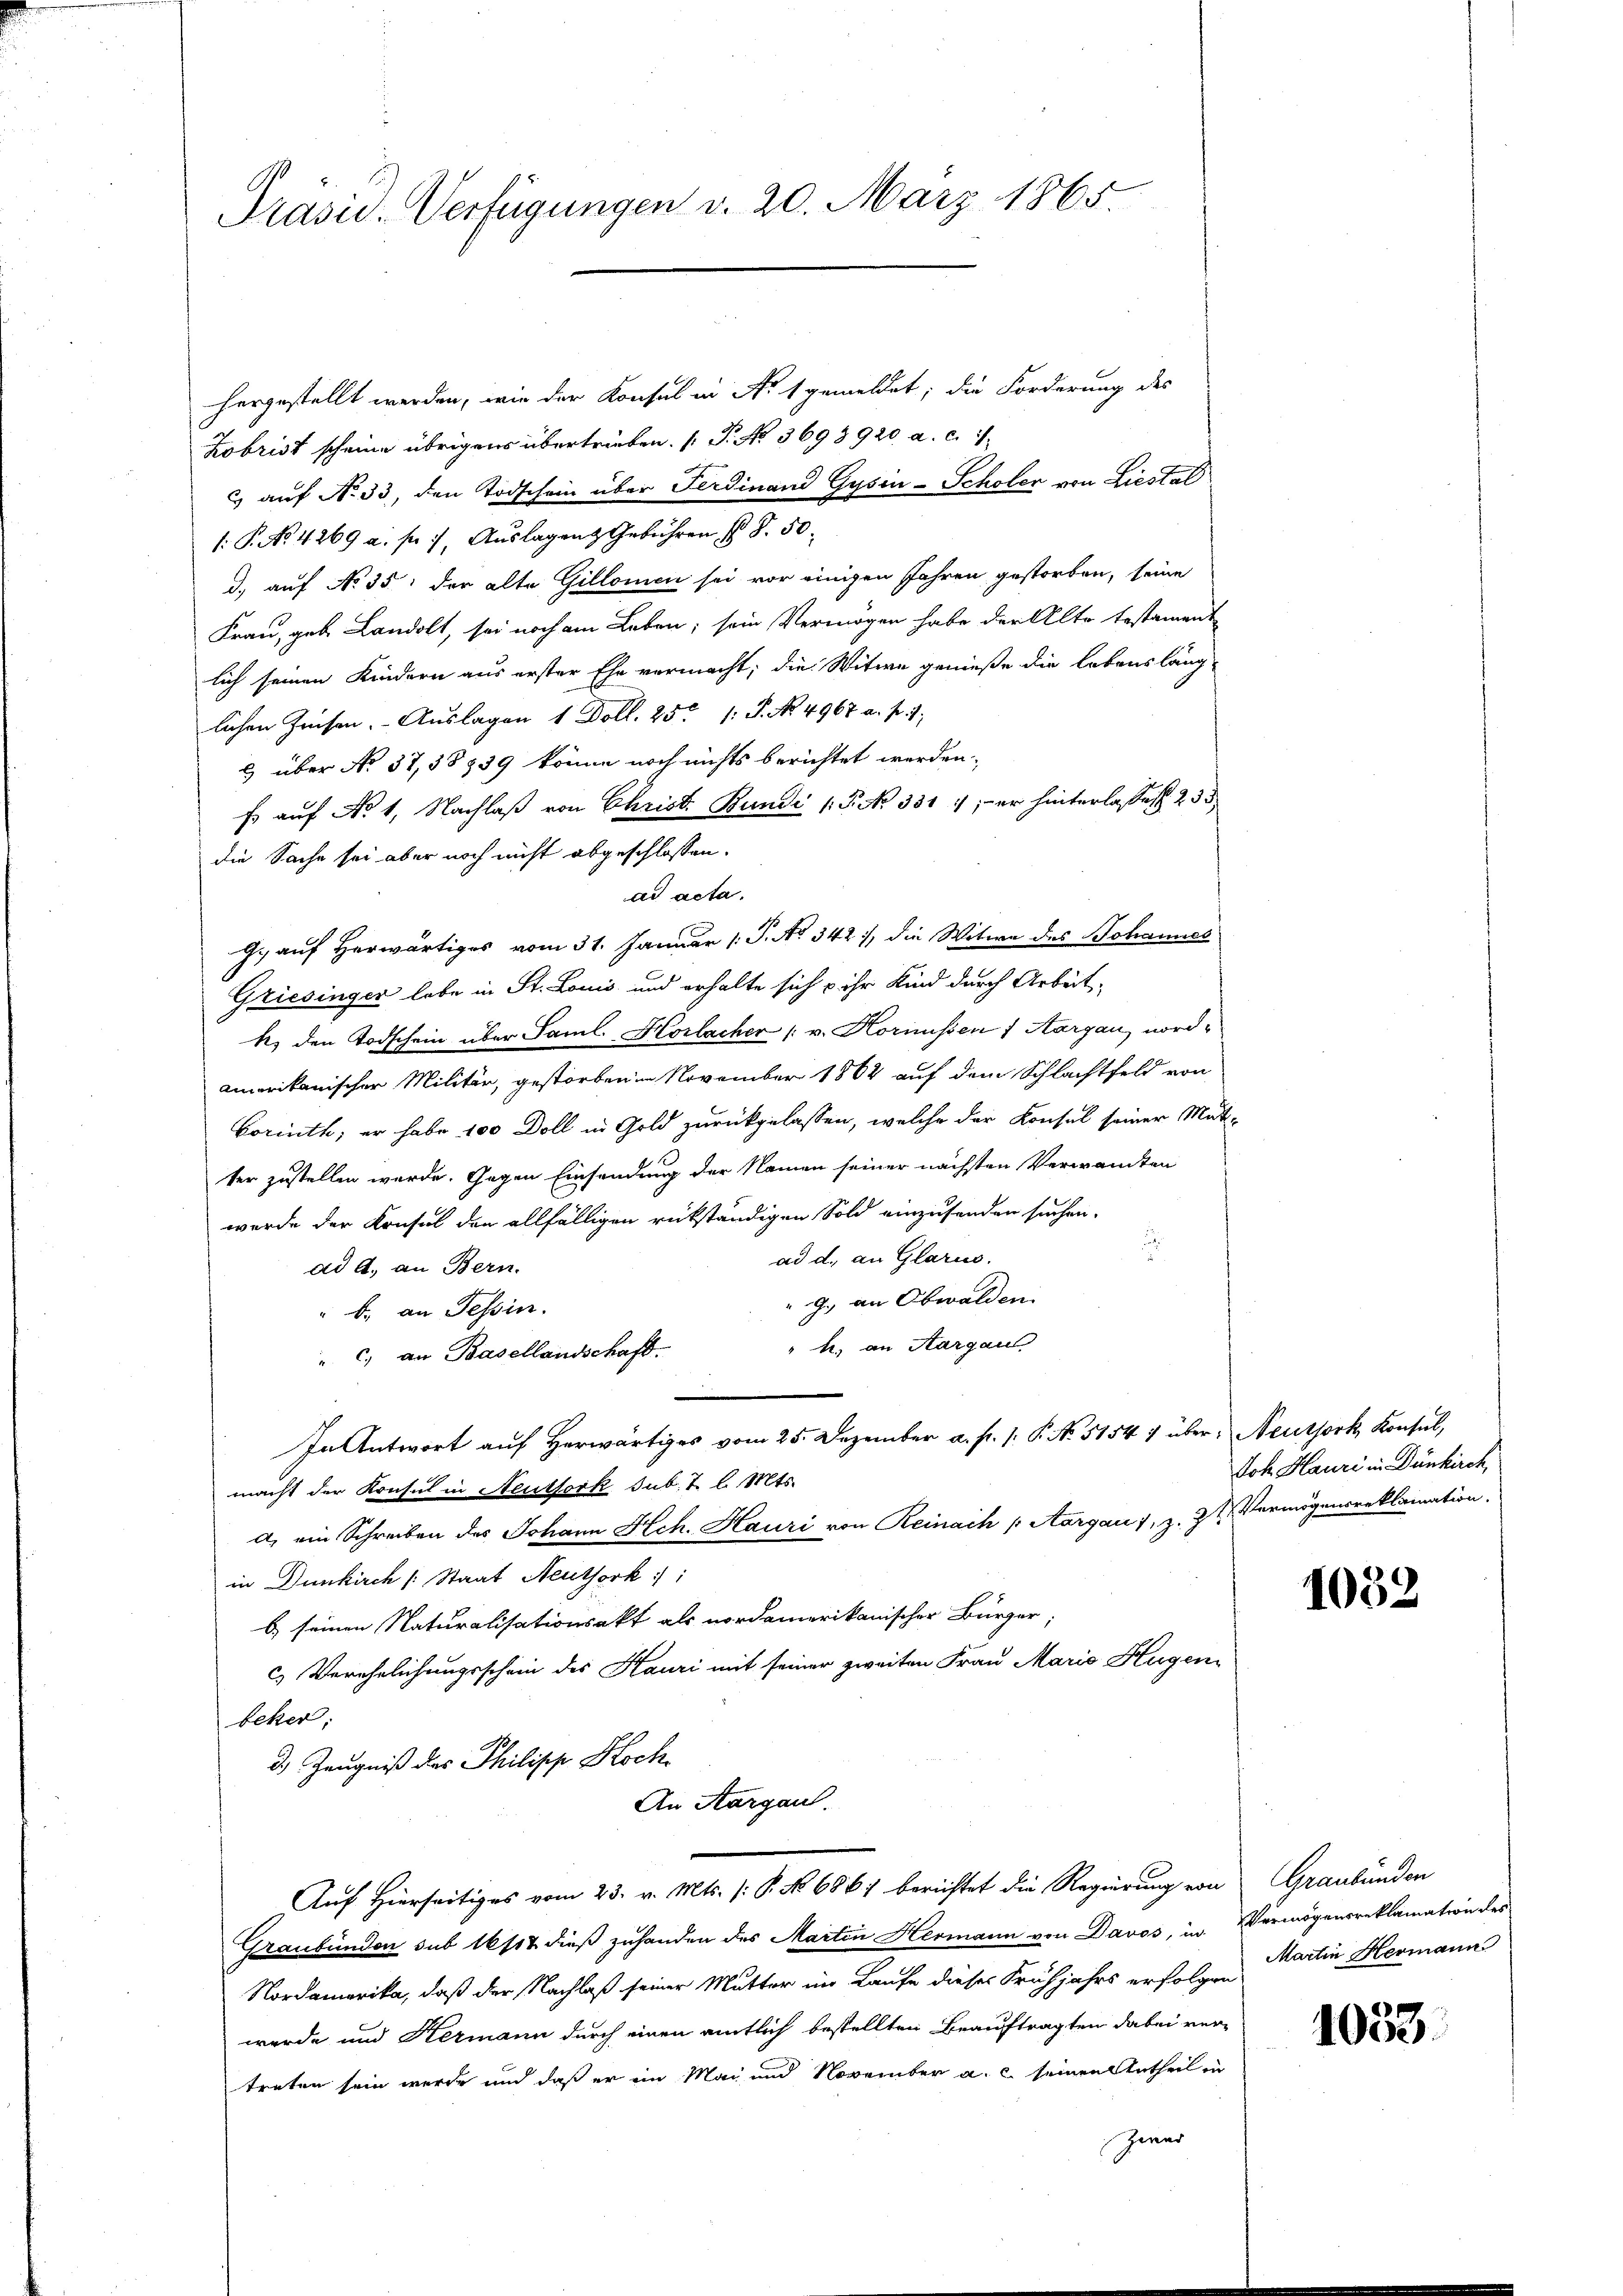
Präsid. Verfügungen d. 20. März 1865.

hergestellt werden, wie der Konsul in Nr. 1 gemeldet; die Forderung des
Zobrist scheine übrigens übertrieben. (T. No 3698920 a. c. 1
& auf No 33, den Todschein über Ferdinand Gysin-Scholer von Liestal
: P. No. 4269 a. f. 7, Auslagen Gebühren (S. 50.
d) auf No 35 der alte Gillonen sei vor einigen Jahren gestorben, seine
Frau, geb. Landolt, sei noch am Leben; sein Vermögen habe der Alte testament
lich seinen Kindern aus erster Ehe vermacht; die Witwe genieße die lebensläng-
lichen Zinsen. Auslagen 1 Doll. 25. 1: P. No. 4967 a. p. 1.
2 über No. 37, 38839 könne noch nichts berichtet werden.
Es auf No 1. Nachlaß von Christ. Bundi /: P. No 331 ; - er hinterlasses 233
die Sache sei aber noch nicht abgeschlossen.
ad acta.
9. auf herwärtiges vom 31. Januar (: P. No 342), die Witwe des Johannes
Griesinger lebe in St. Louis und erhalte sich & ihr Kind durch Arbeit-
k. den Todschein über Saml. Horlacher (v. Hornissen ; Aargau, nordamerikanischen Militär, gestorben in November 1862 auf dem Schlachtfeld von
Corinth, er habe 100 Doll in Gold zurückgelassen, welche der Konsul seiner Mut-
ter zustellen werde. Gegen Einsendung der Namen seiner nächsten Verwandten
werde der Konsul den allfälligen rückständigen Sold einzusenden suchen.
ad d. an Glarus.
ad A. an Bern.
" G. an Obwalden.
" b. an Tessin.
h. an Aargau
" c) an Basellandschaft.

In Antwort auf Herwärtiges vom 25. Dezember a. p. 1. P. No. 51547 über: Neuthork, Konsul,
macht der Konsul in Neuthork sub. 2. l. Mts.
a) ein Schreiben des Johann Hch. Hauri von Reinach Aargau 1, z. Zt. Vermögensreklamation.
in Dunkirch [Staat Neuthork ::
b) seinen Naturalisationsakt als nordamerikanischer Bürger,
c) Verehelichungsschein des Hauri mit seiner zweiten Frau Mario Hugen
Lehen,
d.) Zeugniß des Philipp Koch
An Aargau.
Auf Hierseitiges vom 23. v. Mts. (: P. No. 6867 berichtet die Regierung von Graubünden
Graubünden sub 16/12 dieß zuhanden des Marten Hermann von Daves, in Vermögensreklamation des
Nordamerika, daß der Nachlaß seiner Mutter im Laufe dieses Frühjahrs erfolgen
wurde und Hermann durch einen amtlich bestellten Beauftragten dabei vertreten sein werde und daß er im Mai und November a. c. seinen Antheil in
Zwar

Joh. Hauri in Dünkirch,

1052

Martin Hermann

1033.